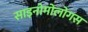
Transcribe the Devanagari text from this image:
साइनोमोलोगस